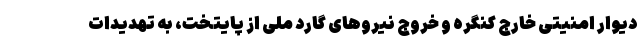
دیوار امنیتی خارج کنگره و خروج نیروهای گارد ملی از پایتخت، به تهدیدات